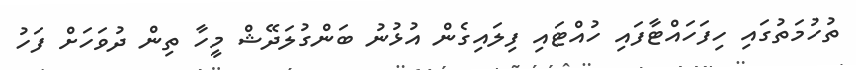
ތުހުމަތުގައި ހިފަހައްޓާފައި ހުއްޓައި ފިލައިގެން އުޅުނު ބަންގުލަދޭޝް މީހާ ތިން ދުވަހަށް ފަހު